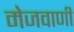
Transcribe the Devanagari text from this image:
मेजवाणी